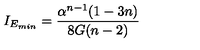
I _ { E _ { m i n } } = \frac { \alpha ^ { n - 1 } ( 1 - 3 n ) } { 8 G ( n - 2 ) }